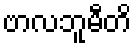
ဗာလဘူမီတိ